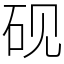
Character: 砚